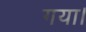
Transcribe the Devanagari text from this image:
गया।